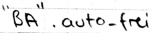
Text: "BA".auto_frei